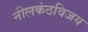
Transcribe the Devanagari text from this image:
नीलकंठविजय